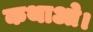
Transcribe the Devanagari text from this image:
कथाओ।